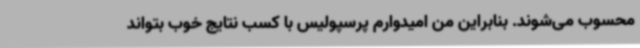
محسوب می‌شوند. بنابراین من امیدوارم پرسپولیس با کسب نتایج خوب بتواند